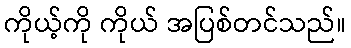
ကိုယ့်ကို ကိုယ် အပြစ်တင်သည်။